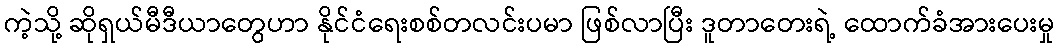
ကဲ့သို့ ဆိုရှယ်မီဒီယာတွေဟာ နိုင်ငံရေးစစ်တလင်းပမာ ဖြစ်လာပြီး ဒူတာတေးရဲ့ ထောက်ခံအားပေးမှု